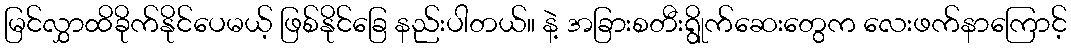
မြင်လွှာထိခိုက်နိုင်ပေမယ့် ဖြစ်နိုင်ခြေ နည်းပါတယ်။ နဲ့ အခြားစတီးရွိုက်ဆေးတွေက လေးဖက်နာကြောင့်